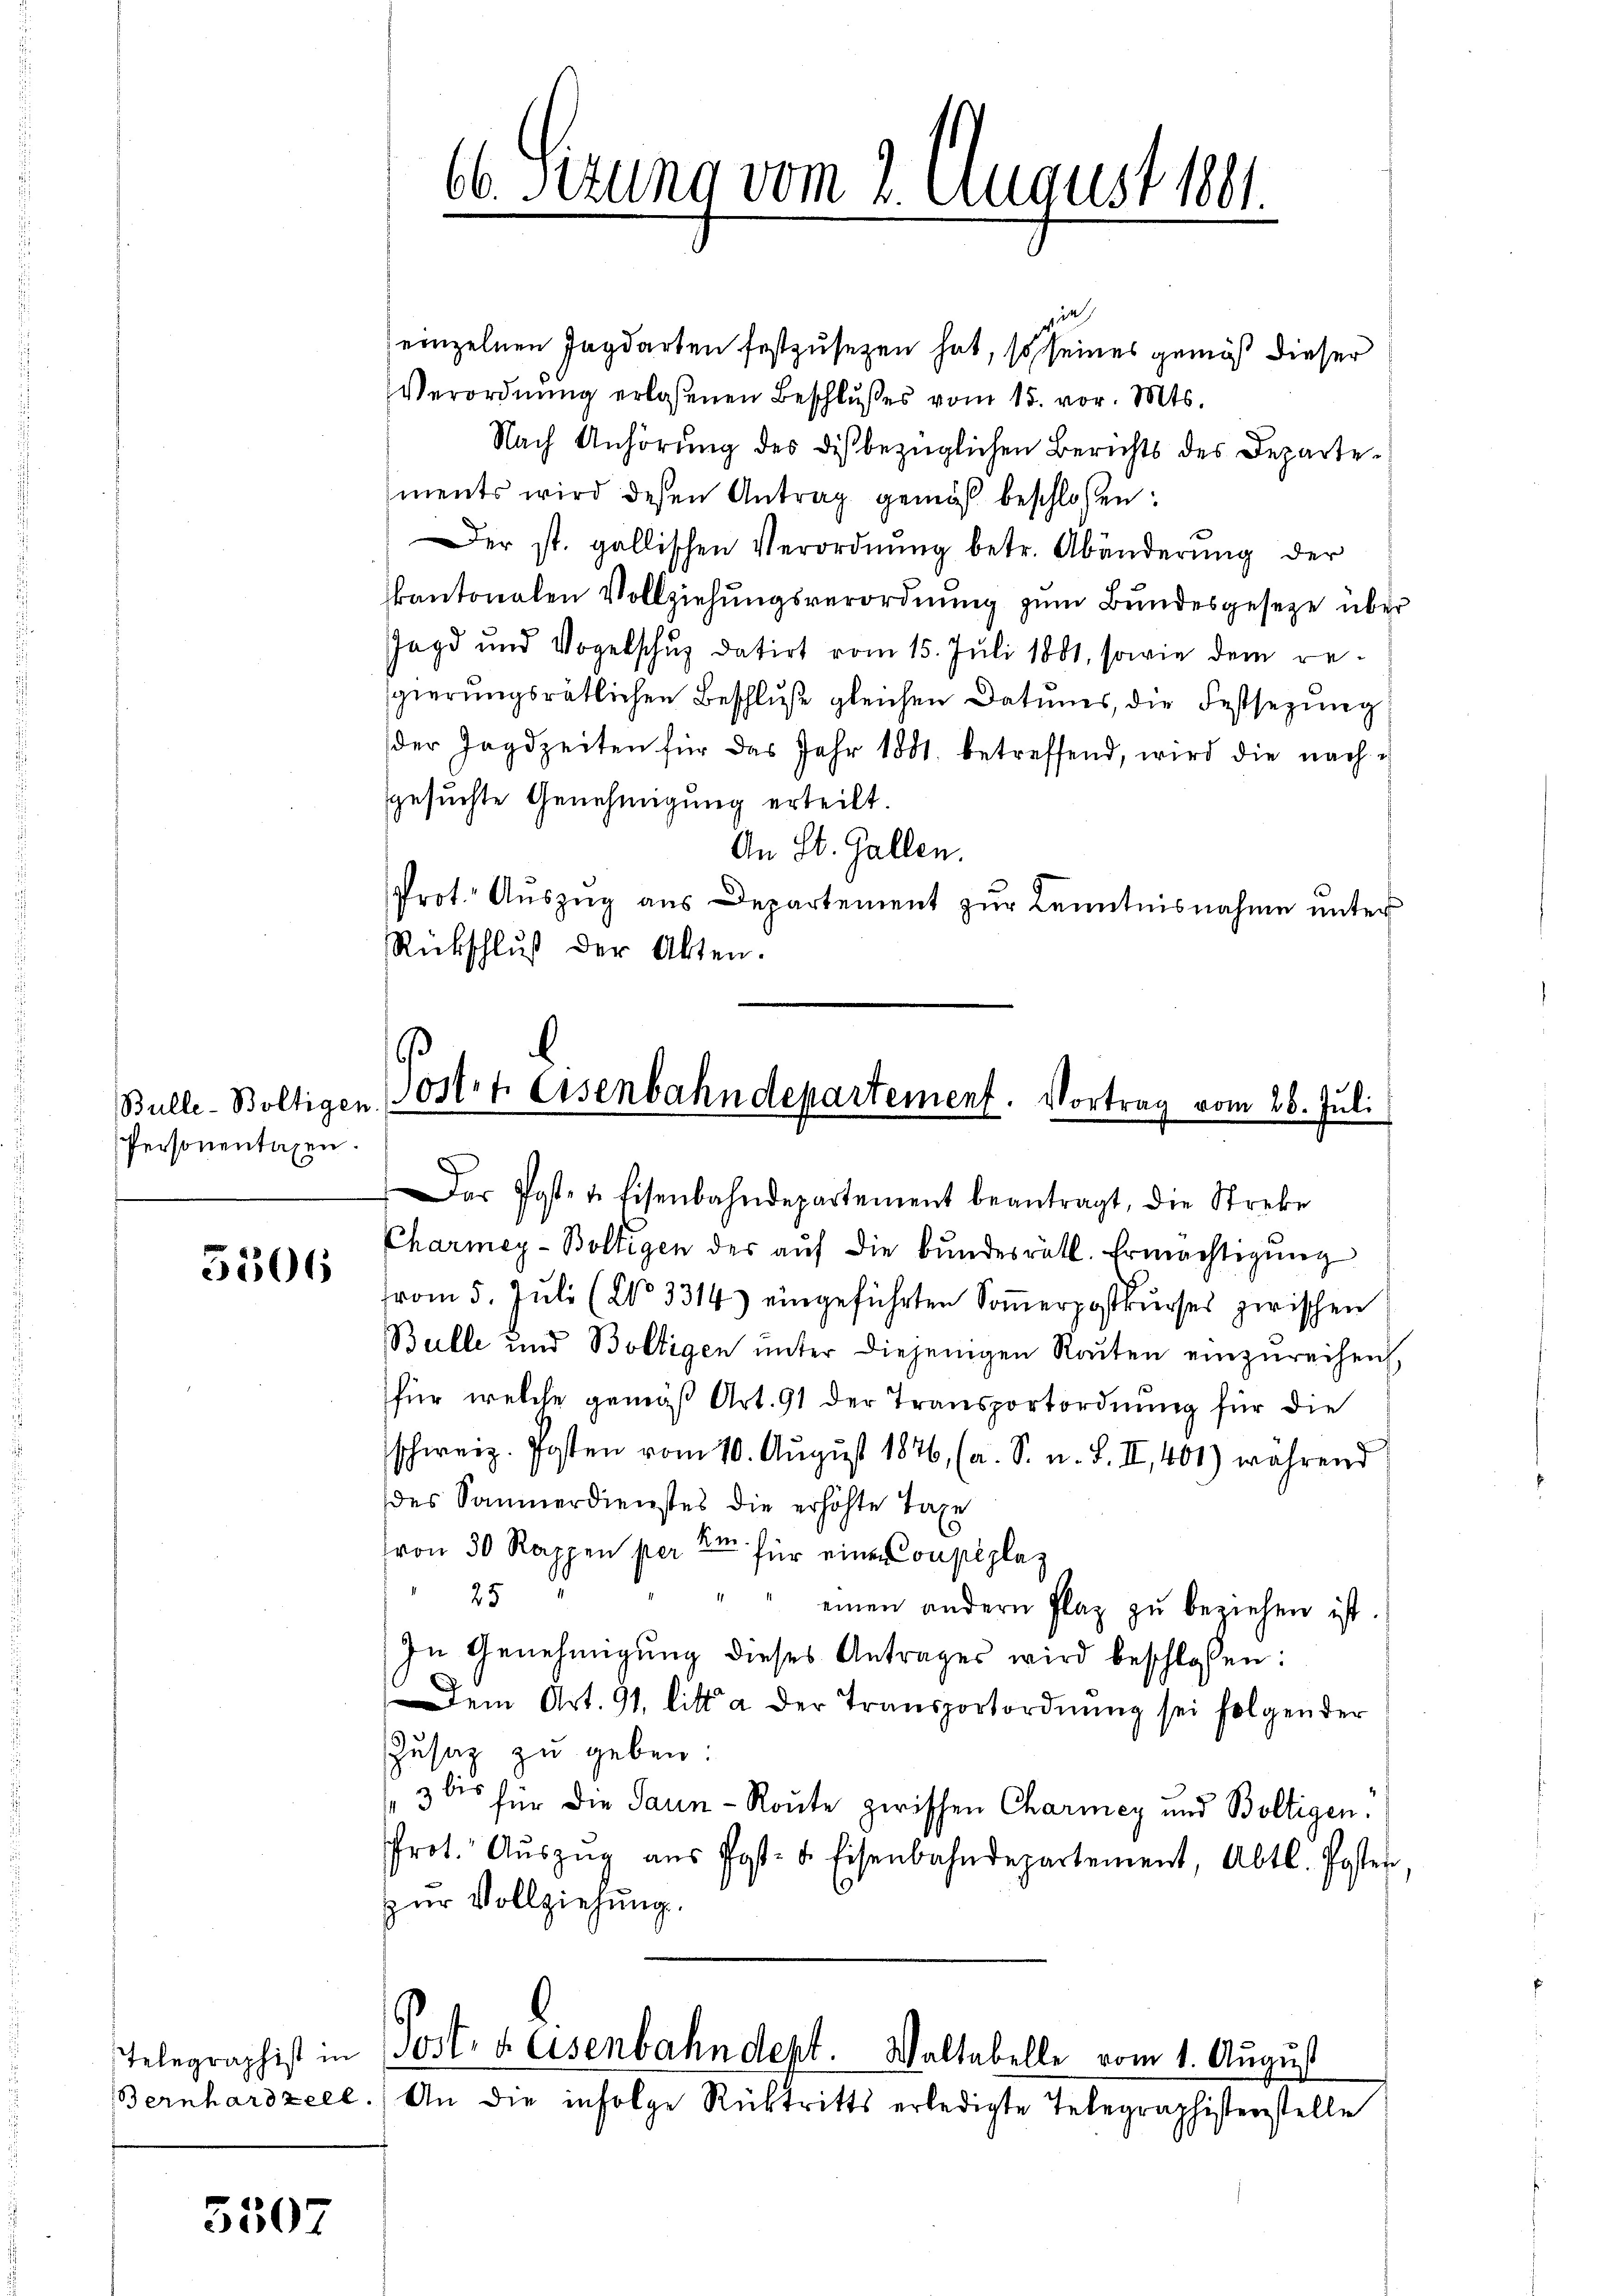
Bulle-Boltigen
Personentagen.

5806

5507

in
einzelnen Jagdarten festzusetzen hat, so seines gemäß dieser
Verordnung erlaßenen Beschlußes vom 15. vor. Mts.
Nach Anhörŭng des dis bezüglichen Berichts des Departements wird deßen Antrag gemäß beschlossen:
Der st. gallischen Verordnŭng betr. Abänderŭng der
kantonalen Vollziehungsverordnung zum Bundesgeseze über
Jagd und Vogelschuz datirt vom 15. Juli 1881, sowie dem regierungsrätlichen Beschluße gleichen Datums, die Festsezung
der Jagdzeiten für das Jahr 1881. betreffend, wird die nachgesuchte Genehmigung erteilt.
An St. Gallen.
Prot. Aŭszŭg aŭs Departement zŭr Kenntnisnahme unter
Rückschluß der Akten.

Charmey-Boltigen der aŭf die Bŭndesrätl. Ermächtigŭng
vom 5. Juli (No 3314) eingeführten Soṁerpostkŭrses zwischen
Bulle und Boltigen unter diejenigen Raten einzureihen
für welche gemäß Art. 91 der Transportordnung für die
schweiz. Posten vom 10. August 1876, (a. S. u. S. II., 401) während
des Sammerdienstes die erhöhte Taxe
von 50 Rappen per le für eine Coupéplaz
25
"" einen andern Plaz zŭ beziehen ist.
In Genehmigung dieses Antrages wird beschlossen:
Dem Art. 91 litt a der Transportordnŭng sei folgender
Zusaz zu geben:
3 bis für die Saun-Route zwischen Chariney und Boltigen.
rot. Aŭszŭg aŭs Post- u. Eisenbahndepartement, Abtl. Poster
zur Vollziehung.
Telegraphist in Post- u. Eisenbahndept. Waltabelle vom 1. August
Bernhardzeee.) An die infolge Rücktritts erledigte Telegraphisterstelle

66. Sizung vom 2. August 1891.

.
Sostrt Eisenbahndepartement. Vortrag vom 28. Juli
Das Posten Eisenbahndepartement beantragt, die Streke